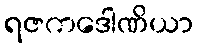
ရဇကဒေါဏိယာ